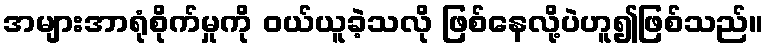
အများအာရုံစိုက်မှုကို ဝယ်ယူခဲ့သလို ဖြစ်နေလို့ပဲဟူ၍ဖြစ်သည်။